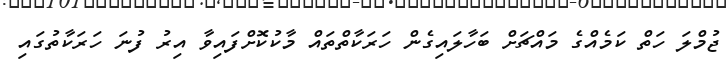
ޖުމްލަ ހަތް ކަމެއްގެ މައްޗަށް ބަހާލައިގެން ހަރަކާތްތައް މާކުކޮށްފައިވާ އިރު ފުނަ ހަރަކާތުގައި